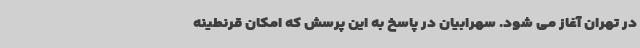
در تهران آغاز می شود. سهرابیان در پاسخ به این پرسش که امکان قرنطینه